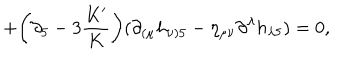
+ \bigg ( \partial _ { 5 } - 3 \frac { K ^ { \prime } } { K } \bigg ) ( \partial _ { ( \mu } h _ { \nu ) 5 } - \eta _ { \mu \nu } \partial ^ { \lambda } h _ { \lambda 5 } ) = 0 ,